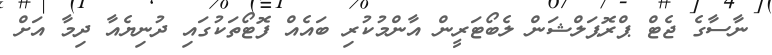
ނާސާގެ ޖެޓް ޕްރޮޕަލްޝަން ލެބޯޓަރީން އާންމުކުރި ބައެއް ފޮޓޯތަކުގައި ދުނިޔެއާ ދިމާ އަށް